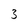
Character: 3